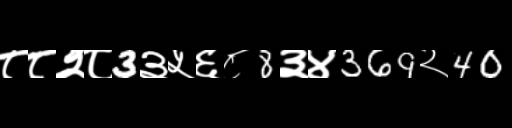
Text: ८८२८3३५६८8३४369२40